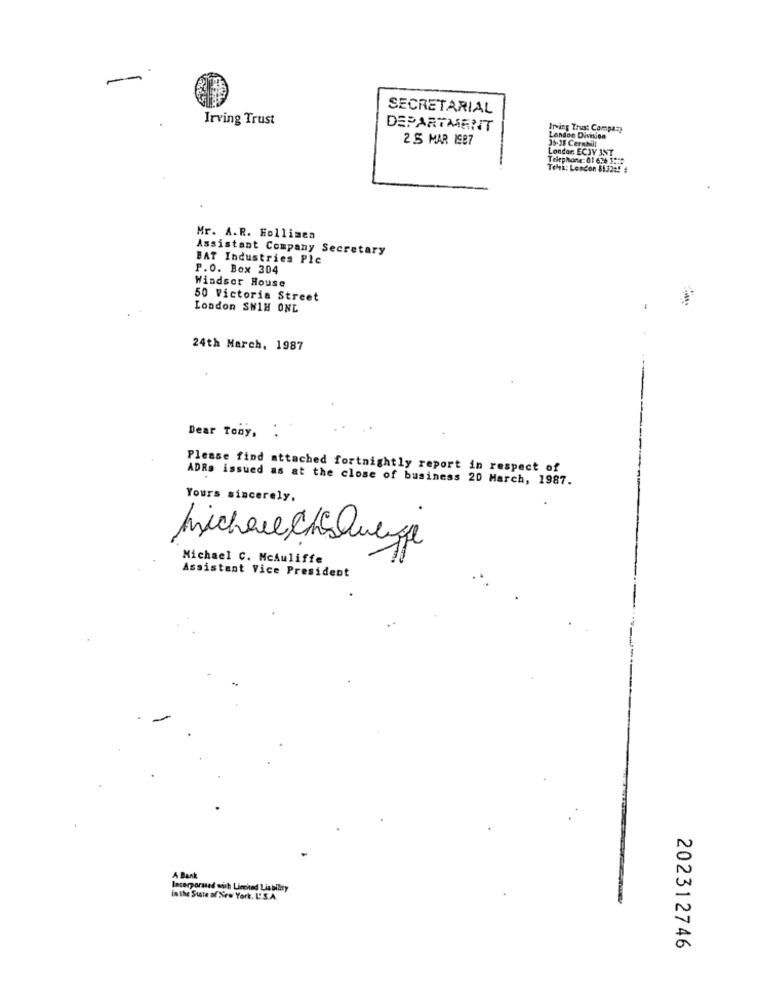
SECRETARIAL
Irving Trust
DEPARTMENT
Irving Trust Company
2.5 MAR 1987
Landon Division
35-38 Cerahüll
Londer ECJY INT
Telephone: 01 6:4 1 :::
Teli: Lescon $132:5 #
Mr. A.R. Hollinea
Assistant Company Secretary
BAT Industries Ple
P.O. Box 304
Windsor House
50 Victoria Street
London SHIH ONE
24th March, 1987
Dear Tony,
Please find attached fortnightly report in respect of
ADRs issued as at the close of business 20 March, 1987.
Yours sincerely,
Michael CheQuenge
Michael C. NcAuliffe
Assistant Vice President
A Bank
Incorporated with Linched Liability
in the State of New York, L'.S.A.
202312746